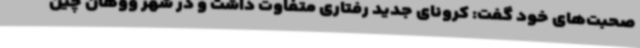
صحبت‌های خود گفت: کرونای جدید رفتاری متفاوت داشت و در شهر ووهان چین